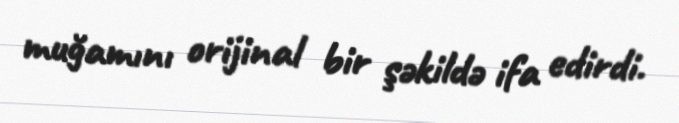
muğamını orijinal bir şəkildə ifa edirdi.